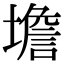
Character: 㙴